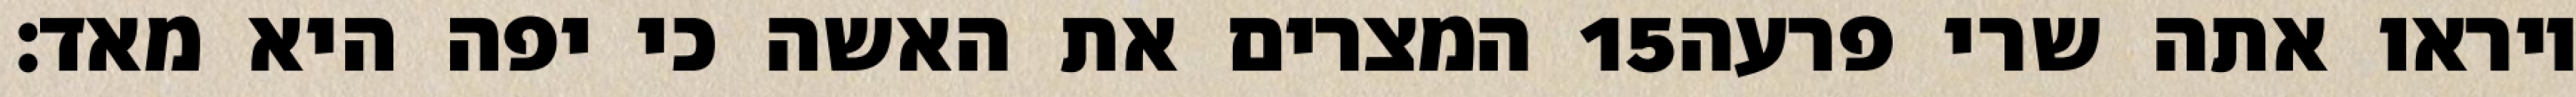
המצרים את האשה כי יפה היא מאד׃ ‎15‏ ויראו אתה שרי פרעה